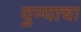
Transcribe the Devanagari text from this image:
युण्याचा